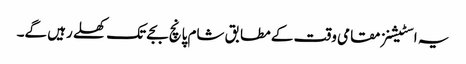
یہ اسٹیشنز مقامی وقت کے مطابق شام پانچ بجے تک کھلے رہیں گے۔